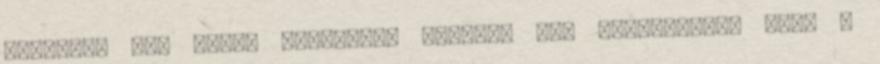
formátum nem teszi lehetővé. Viszont egy Fallout-nál pont a